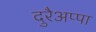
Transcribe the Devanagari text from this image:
दुरैअप्पा